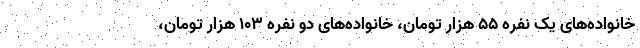
خانواده‌های یک نفره ۵۵ هزار تومان، خانواده‌های دو نفره ۱۰۳ هزار تومان،